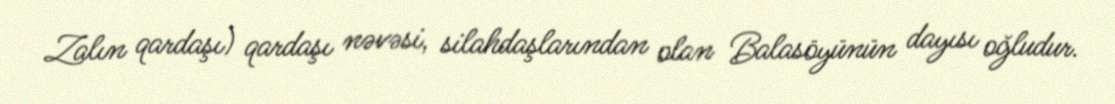
Zalın qardaşı) qardaşı nəvəsi, silahdaşlarından olan Balasöyünün dayısı oğludur.